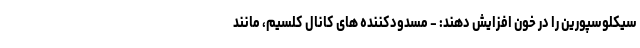
سیکلوسپورین را در خون افزایش دهند: - مسدودکننده های کانال کلسیم، مانند